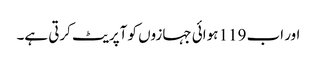
اور اب 119 ہوائی جہازوں کو آپریٹ کرتی ہے۔